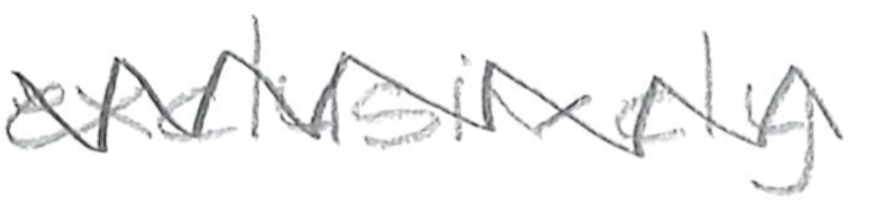
Text: exclusively
Cross-out: zig-zag
Writing tool: pencil